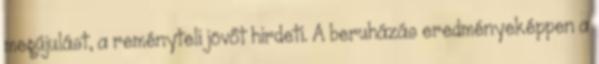
megújulást, a reményteli jövőt hirdeti. A beruházás eredményeképpen a